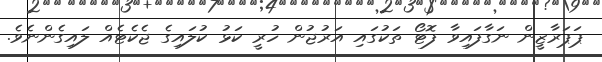
ޕަޕަރާޒީން ނަގާފައިވާ ފޮޓޯ ތަކުގައި އަރުޖުން ހުރީ ކަޅު ކުލައިގެ ޖެކެޓެއް ލައިގެންނެވެ.